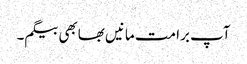
آپ برا مت مانیں بھابھی بیگم۔